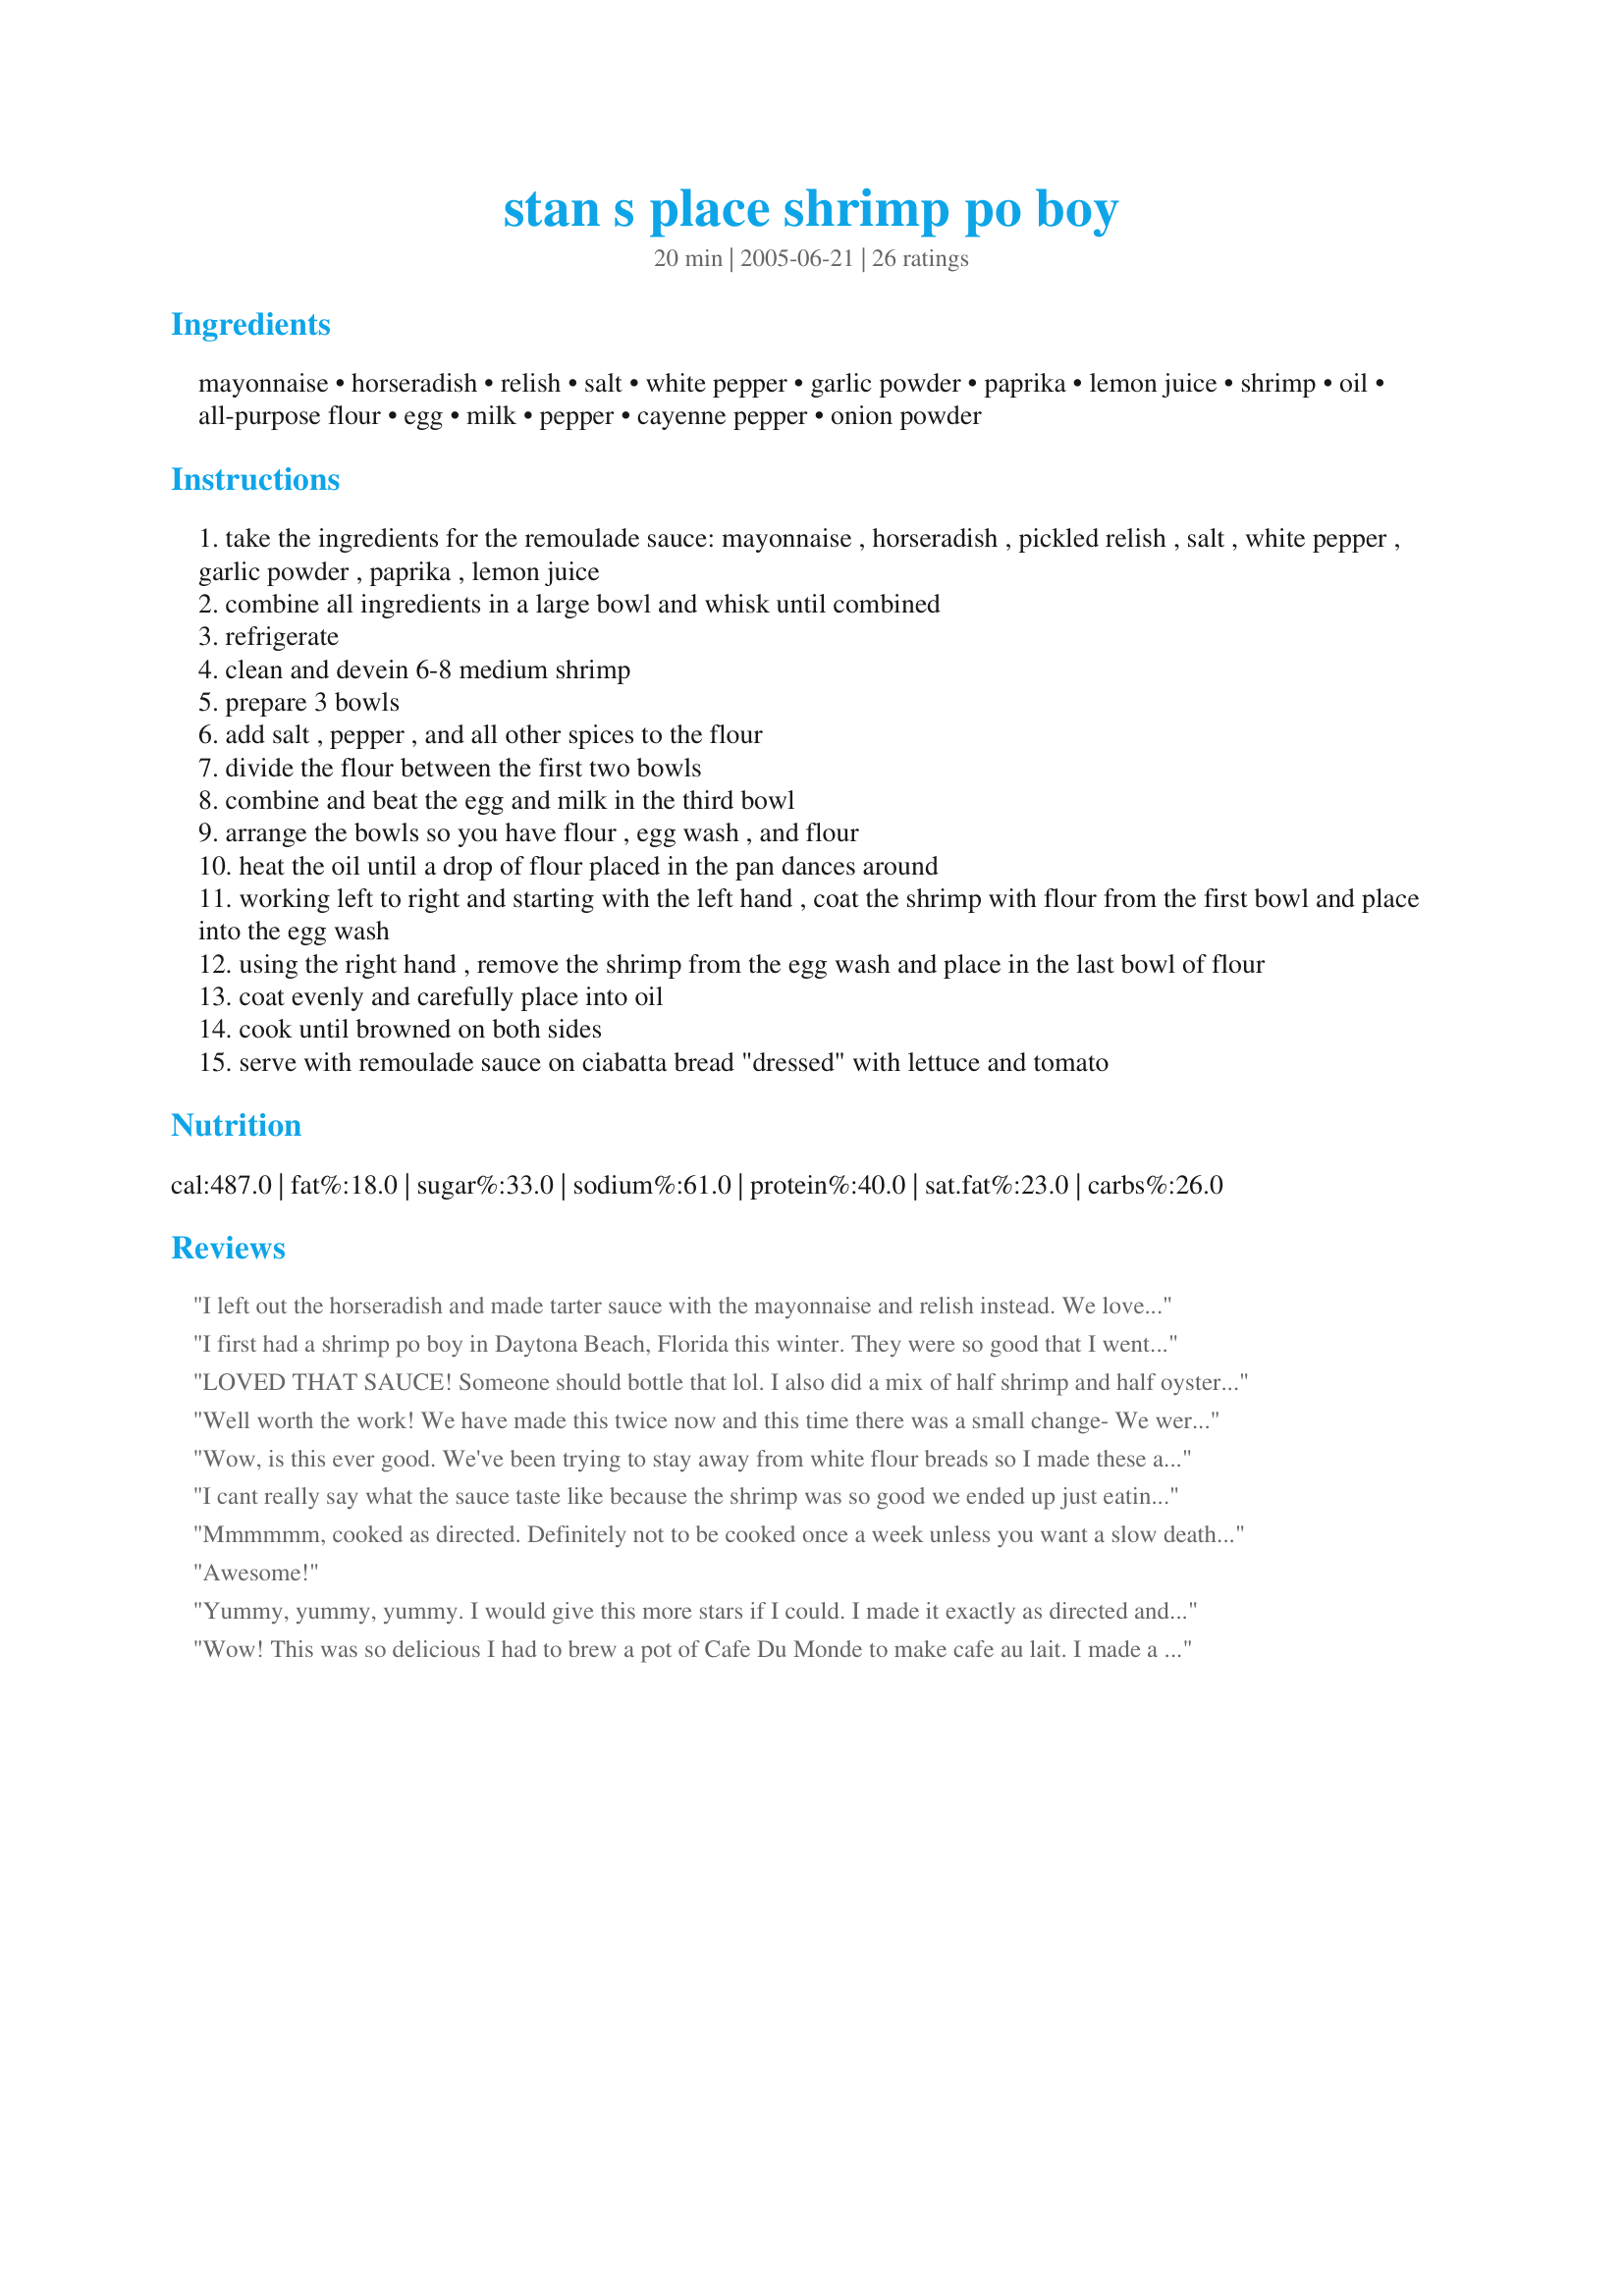
stan s place shrimp po boy
Preparation time: 20 minutes

Ingredients:
mayonnaise, horseradish, relish, salt, white pepper, garlic powder, paprika, lemon juice, shrimp, oil, all-purpose flour, egg, milk, pepper, cayenne pepper, onion powder

Steps:
take the ingredients for the remoulade sauce: mayonnaise , horseradish , pickled relish , salt , white pepper , garlic powder , paprika , lemon juice
combine all ingredients in a large bowl and whisk until combined
refrigerate
clean and devein 6-8 medium shrimp
prepare 3 bowls
add salt , pepper , and all other spices to the flour
divide the flour between the first two bowls
combine and beat the egg and milk in the third bowl
arrange the bowls so you have flour , egg wash , and flour
heat the oil until a drop of flour placed in the pan dances around
working left to right and starting with the left hand , coat the shrimp with flour from the first bowl and place into the egg wash
using the right hand , remove the shrimp from the egg wash and place in the last bowl of flour
coat evenly and carefully place into oil
cook until browned on both sides
serve with remoulade sauce on ciabatta bread "dressed" with lettuce and tomato

Reviews:
I left out the horseradish and made tarter sauce with the mayonnaise and relish instead. We loved them on French rolls!
I first had a shrimp po boy in Daytona Beach, Florida this winter. They were so good that I went searching for a recipe to make them at home. The one at the restaurant cannot compare with this recipe. Absolutely delicious! I made enough for two sandwiches and wished I had made more. Used only half of the spices and the heat was perfect for us. Did not make the sauce, but instead served them on toasted garlic Kaiser rolls. I thank you so much Mimi for posting this awesome recipe! This is going into my "WOW" cookbook and will be made again and again.
LOVED THAT SAUCE! Someone should bottle that lol. I also did a mix of half shrimp and half oysters.. Cajun heaven!
Well worth the work! We have made this twice now and this time there was a small change- We were short on all purpose flour, so the first dunk was done in Cake Flour and the last flour dredging was pumped up by adding panko breadcrumbs which we ran thru the food processor. This small change made the lightest, crispiest shrimp ever! Thanks for posting!!
Wow, is this ever good. We've been trying to stay away from white flour breads so I made these and stuffed whole wheat pitas-messy but awesome. Other than that didn't and won't change a thing.
I cant really say what the sauce taste like because the shrimp was so good we ended up just eating that. It was a really tasty and quick Friday night dinner meal. Thanks for the post. We will definitely make it again. Next time I will do my best to eat the entire sandwich and not just the shrimp. Oh, I made exactly as written the only change was that I also seasoned the shrimp to my liking prior to dredging through the dry/wet mixtures.
Mmmmmm, cooked as directed. Definitely not to be cooked once a week unless you want a slow death by Southern Food. Thanks for introducing us to Po' Boys. Made after searching for a recipe when reading a novel based in New Orleans after Hurricane Katrina. Off to act slovenly on the sofa to snooze this meal off the hips.
Awesome!
Yummy, yummy, yummy. I would give this more stars if I could. I made it exactly as directed and I wouldn't have changed a thing! Thanks for a great recipe.
Wow! This was so delicious I had to brew a pot of Cafe Du Monde to make cafe au lait. I made a couple of minor changes. I had to skip the horseradish too because my daughter won't eat it. I used smoked paprika, which added an amazing flavor, and I added about 1/4 cup of corn meal to the final batch of flour. I could rave for hours about this amazing sandwich but I'm too full to continue typing. Thanks for a great recipe!
love da sauce :) thanks for the recipe.
We had a package of seasoned, steamed shrimp and nothing to do with it, so we decided to find a last minute poboy recipe because we love them so much. We always get them at restaurants, but we've never made our own. I found this recipe and the good reviews, and despite having no lettuce or tomato, we made them anyway. They were fantastic! We tried to make them as healthy as possible (don't take notice to the nutritional value on the recipe, the serving size is NOT 1). We used low fat mayo for the sauce, fried them in olive oil, and used whole wheat hoagie buns. <br/>Let me assure you the heart of the recipe is the remoulade sauce. I HATE horseradish, but it just adds to the overall flavor of the sauce. It doesn't make it a horseradish sauce. The sauce was delicious, and put this poboy above all the restaurant poboys we've had that use regular tartar sauce. I needs some lettuce and tomato to balance it out, but I would highly recommend this recipe to any poboy lover!
First of all, I was shocked that this was the ONLY shrimp po boy recipe on this site! Craziness... Anyway, I've been craving a shrimp po boy for months and this was perfect!! Absolutely delicious!
Very delicious!!!!
I cheated with frozen shrimp but we really enjoyed it!
I haven't fried shrimp in a while so this created quite a hoopla with the family. Want some? I can send you all the hoopla you think you might need.
Made this last night, and they were awesome! My roommate is from Louisiana so he always talks about these. I added cornmeal to the third bowl of flour. I skipped the horseradish and used tobasco instead. Also, he loves Tony Chachere's seasoning, so I used that in the remoulade and the flour. I also used french rolls which I toasted up in the oven. yum yum yum!
Delicious and perfect for 'sandwich night"! These are a snap to make and delicious with the perfect amount of a kick! I used about a pound of shrimp to make 5 sandwiches on french rolls, doubled the ingredients, but think if I used the amounts listed I would have had more than enough for my 5 sandwiches. The only ingredient I cut back on was the garlic powder (ran out of - and subbed some garlic salt, leaving out the additional salt). Thanks for sharing! This is a keeper for sure!
These skrimp were delicious. Although I added a teaspoon of cornstarch to making the shrimp more crispy. This is the bomb recipe. I will make again with fish and oysters. I found Genius Kitchen and they are the bomb.
Very good! Used Cajun spice instead of the paprika and cayenne & added a little panko breading to the flour mixture, but otherwise followed recipe. Thanks for sharing.
Delicious! My husband and I loved this sandwich. I skipped the horseradish in the remoulade sauce and used wasabi mayonnaise in place of it....what a kick we got from that, whoa! I fried the shrimp per the recipe, lessening the spices a bit to appease my husband's delicate constitution. We had these on French bread sub rolls...too messy to pick up, I ate mine with a knife and fork. We thought the method of frying the shrimp would be great on their own, without the sandwich. Thanks Mimi, terrific recipe :)
This was amazing!!!! The sauce was a little salty so I won't be adding any salt next time! Made onion rings with extra shrimp breading! YUMMMY!
This was really, really good. The spicy remoulade sauce was a big hit with my DH, I served this on warm flour tortillas. Wow!! So good. Thank you for posting Mimi.
WOW this recipe is so delicious! Extremely flavorful. Make the remoulade ahead of time and it tastes even better! All I can say is YUMMMM. Give it a try and you will not regret it!
I loved this Po Boy!! I made it for friends and family and did the shrimp 2 ways 1/2 mild I cut back on the red pepper and 1/2 spicy. Everyone loved it. I am making it tonight for my hubby he was not here when I made it before. The remoulade makes this!!
Haven&#039;t tried this using shrimp, but is fantastic with fish (we&#039;ve used up some of our Northern Pike this way). I had to double the amount of flour mixture. I agree with other reviewers, the remoulade sauce makes the recipe!
